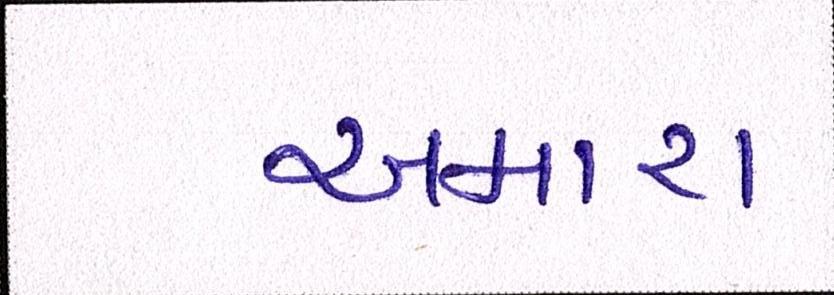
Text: અમારા